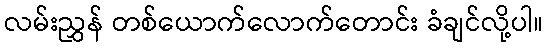
လမ်းညွှန် တစ်ယောက်လောက်တောင်း ခံချင်လို့ပါ။